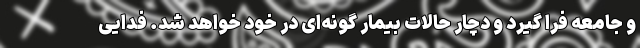
و جامعه فرا گیرد و دچار حالات بیمار گونه‌ای در خود خواهد شد. فدایی